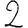
Digit: 2